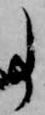
事